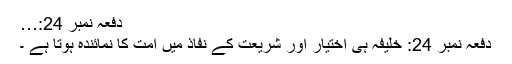
دفعہ نمبر 24:…
دفعہ نمبر 24: خلیفہ ہی اختیار اور شریعت کے نفاذ میں امت کا نمائندہ ہوتا ہے ۔